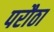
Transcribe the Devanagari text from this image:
परौठा